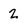
Character: 2